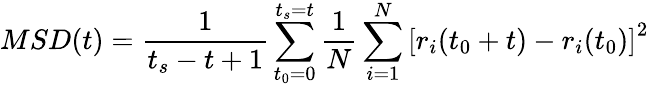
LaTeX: MSD(t)=\frac{1}{t_{s}-t+1}\sum_{t_{0}=0}^{t_{s}=t}\frac{1}{N}\sum_{i=1}^{N}\left[r_{i}(t_{0}+t)-r_{i}(t_{0})\right]^{2}